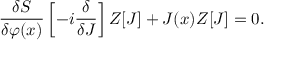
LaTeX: { \frac { \delta S } { \delta \varphi ( x ) } } \left[ - i { \frac { \delta } { \delta J } } \right] Z [ J ] + J ( x ) Z [ J ] = 0 .